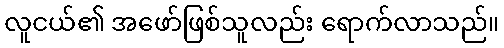
လူငယ်၏ အဖော်ဖြစ်သူလည်း ရောက်လာသည်။